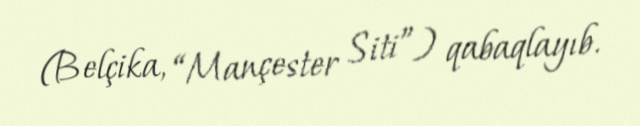
(Belçika, “Mançester Siti”) qabaqlayıb.